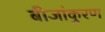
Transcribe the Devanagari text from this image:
बीजांकुरण